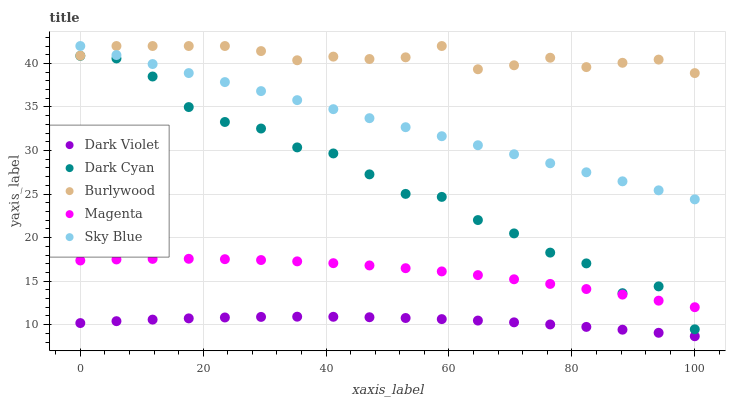
| xaxis_label | Dark Violet | Dark Cyan | Burlywood | Magenta | Sky Blue |
 | --- | --- | --- | --- | --- | --- |
 | 0 | 10.2 | 40.9 | 40.9 | 17.4 | 42 |
 | 5.88 | 10.4 | 40.6 | 42 | 17.5 | 41 |
 | 11.8 | 10.6 | 38.5 | 42 | 17.6 | 39.9 |
 | 17.6 | 10.7 | 35 | 42 | 17.6 | 38.9 |
 | 23.5 | 10.8 | 33.3 | 42 | 17.5 | 37.9 |
 | 29.4 | 10.9 | 32.5 | 41.4 | 17.4 | 36.8 |
 | 35.3 | 10.9 | 30.4 | 40.4 | 17.3 | 35.8 |
 | 41.2 | 10.9 | 29.7 | 40.8 | 17.1 | 34.7 |
 | 47.1 | 10.9 | 27.3 | 40.5 | 16.8 | 33.7 |
 | 52.9 | 10.8 | 25 | 40.7 | 16.5 | 32.7 |
 | 58.8 | 10.6 | 24.7 | 42 | 16.1 | 31.6 |
 | 64.7 | 10.5 | 22 | 39.3 | 15.7 | 30.6 |
 | 70.6 | 10.3 | 20.5 | 39.8 | 15.2 | 29.6 |
 | 76.5 | 10 | 18.3 | 40.7 | 14.7 | 28.5 |
 | 82.4 | 9.75 | 17 | 39.6 | 14.1 | 27.5 |
 | 88.2 | 9.43 | 13.6 | 40.1 | 13.5 | 26.5 |
 | 94.1 | 9.07 | 14.4 | 40.4 | 12.8 | 25.4 |
 | 100 | 8.67 | 9.47 | 38.9 | 12 | 24.4 |